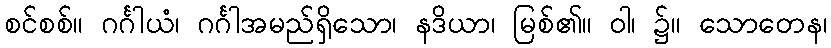
စင်စစ်။ ဂင်္ဂါယံ၊ ဂင်္ဂါအမည်ရှိသော၊ နဒိယာ၊ မြစ်၏။ ဝါ၊ ၌။ သောတေန၊